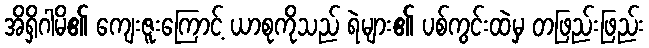
အိရှိဂါမိ၏ ကျေးဇူးကြောင့် ယာစုကိုသည် ရဲများ၏ ပစ်ကွင်းထဲမှ တဖြည်းဖြည်း